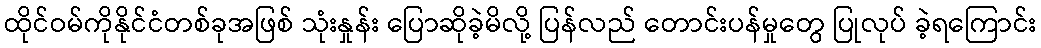
ထိုင်ဝမ်ကိုနိုင်ငံတစ်ခုအဖြစ် သုံးနှုန်း ပြောဆိုခဲ့မိလို့ ပြန်လည် တောင်းပန်မှုတွေ ပြုလုပ် ခဲ့ရကြောင်း